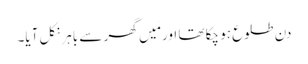
دن طلوع ہو چکا تھا اور مَیں گھر سے باہر نکل آیا۔